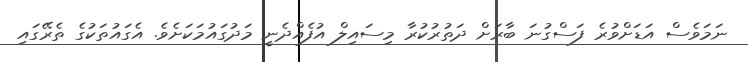
ނަމަވެސް އަޑަށްވުރެ ފަސްގުނަ ބާރަށް ދަތުރުކުރާ މިސައިލް އުފެއްދެނީ މަދުގައުމަކަށެވެ. އެގައުތަކުގެ ތެރޭގައި